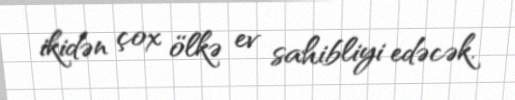
ikidən çox ölkə ev sahibliyi edəcək.